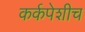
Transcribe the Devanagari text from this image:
कर्कपेशीच